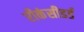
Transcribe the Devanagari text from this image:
रीकंसीडर्ड